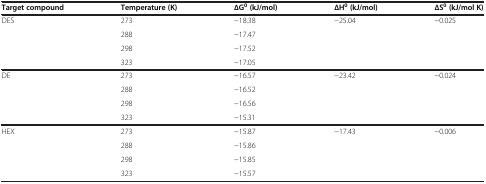
| Target compound | Temperature (K) | ∆G0 (kJ/mol) | ∆H0 (kJ/mol) | ∆S0 (kJ/mol K) |
 | --- | --- | --- | --- | --- |
 | <ROWSPAN=4> DES | 273 | −18.38 | −25.04 | −0.025 |
 | 288 | −17.47 |  |  |
 | 298 | −17.52 |  |  |
 | 323 | −17.05 |  |  |
 | <ROWSPAN=4> DE | 273 | −16.57 | −23.42 | −0.024 |
 | 288 | −16.52 |  |  |
 | 298 | −16.56 |  |  |
 | 323 | −15.31 |  |  |
 | <ROWSPAN=3> HEX | 273 | −15.87 | −17.43 | −0.006 |
 | 288 | −15.86 |  |  |
 | 298 | −15.85 |  |  |
 |  | 323 | −15.57 |  |  |